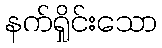
နက်ရှိုင်းသော